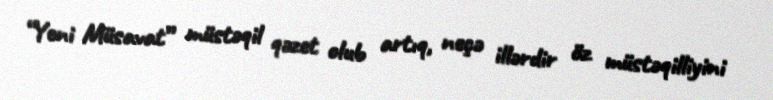
“Yeni Müsavat” müstəqil qəzet olub artıq, neçə illərdir öz müstəqilliyini